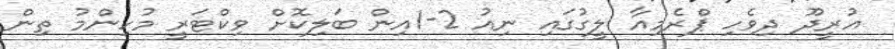
އުރީދޫ ދިވެހި ޕްރެމިއާ ލީގުގައި ނިއު 2-1އިން ބަލިކޮށް ވިކްޓަރީ މުހިންމު ތިން